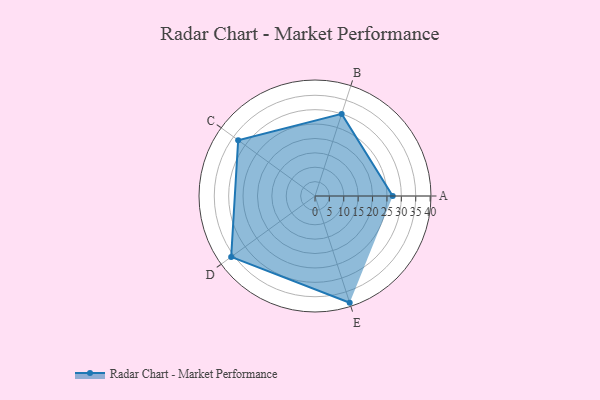
{"axis": {"x": "Skill", "y": "Score"}, "legend": ["Profile"], "data": [{"x": "A", "y": 27.0, "type": "Profile"}, {"x": "B", "y": 30.0, "type": "Profile"}, {"x": "C", "y": 33.0, "type": "Profile"}, {"x": "D", "y": 36.0, "type": "Profile"}, {"x": "E", "y": 39.0, "type": "Profile"}]}